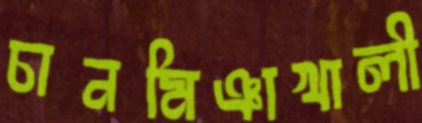
চানমিঞাখালী